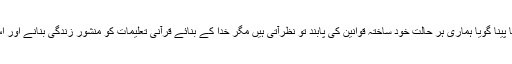
یہ عجیب المیہ ہے کہ ہمارا سونا جاگنا، اٹھنا بیٹھنا، کھانا پینا گویا ہماری ہر حالت خود ساختہ قوانین کی پابند تو نظرآتی ہیں مگر خدا کے بنائے قرآنی تعلیمات کو منشور زندگی بنانے اور اس راہ میں جد و جہد کے بجائیا سے نظرانداز کرتے ہیں۔